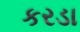
કરડા